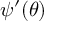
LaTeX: \psi ^ { \prime } ( \theta )